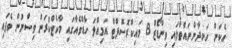
އެކަން ހަނދާންނައްތާލައި ވިންޑޯޒް 8 މައިކްރޮސޮފްޓް އަމިއްލަ ހާޑްވެއާގައި މާކެޓްކުރަން ވިސްނުން ވެފައި